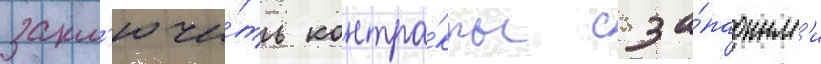
закл'ючи́ть контра́кты с за́падным'и